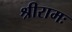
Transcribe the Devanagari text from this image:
श्रीरामः